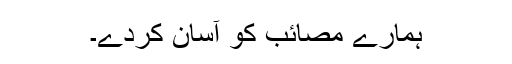
ہمارے مصائب کو آسان کردے۔